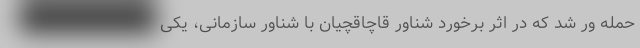
حمله ور شد که در اثر برخورد شناور قاچاقچیان با شناور سازمانی، یکی